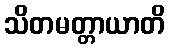
သိတမတ္တာယာတိ